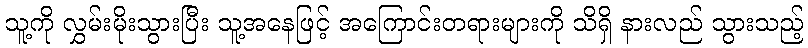
သူ့ကို လွှမ်းမိုးသွားပြီး သူ့အနေဖြင့် အကြောင်းတရားများကို သိရှိ နားလည် သွားသည့်